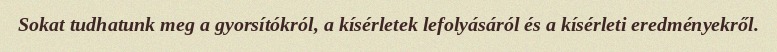
Sokat tudhatunk meg a gyorsítókról, a kísérletek lefolyásáról és a kísérleti eredményekről.